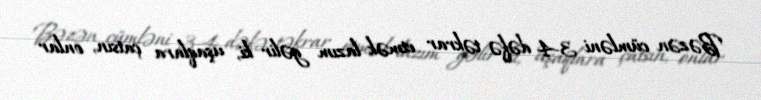
Bəzən cümləni 3-4 dəfə təkrar etmək lazım gəlir ki, uşaqlara çatsın, onlar